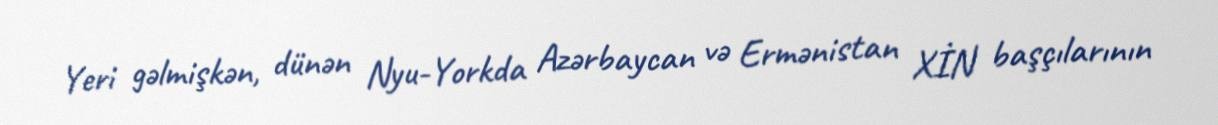
Yeri gəlmişkən, dünən Nyu-Yorkda Azərbaycan və Ermənistan XİN başçılarının